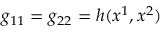
g _ { 1 1 } = g _ { 2 2 } = h ( x ^ { 1 } , x ^ { 2 } )